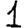
Digit: 1